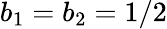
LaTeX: b_{1}=b_{2}=1/2